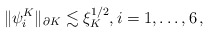
\begin{align*}\|\psi_i^K\|_{\partial K}\lesssim\xi_K^{1/2},i=1,\ldots,6\,,\end{align*}